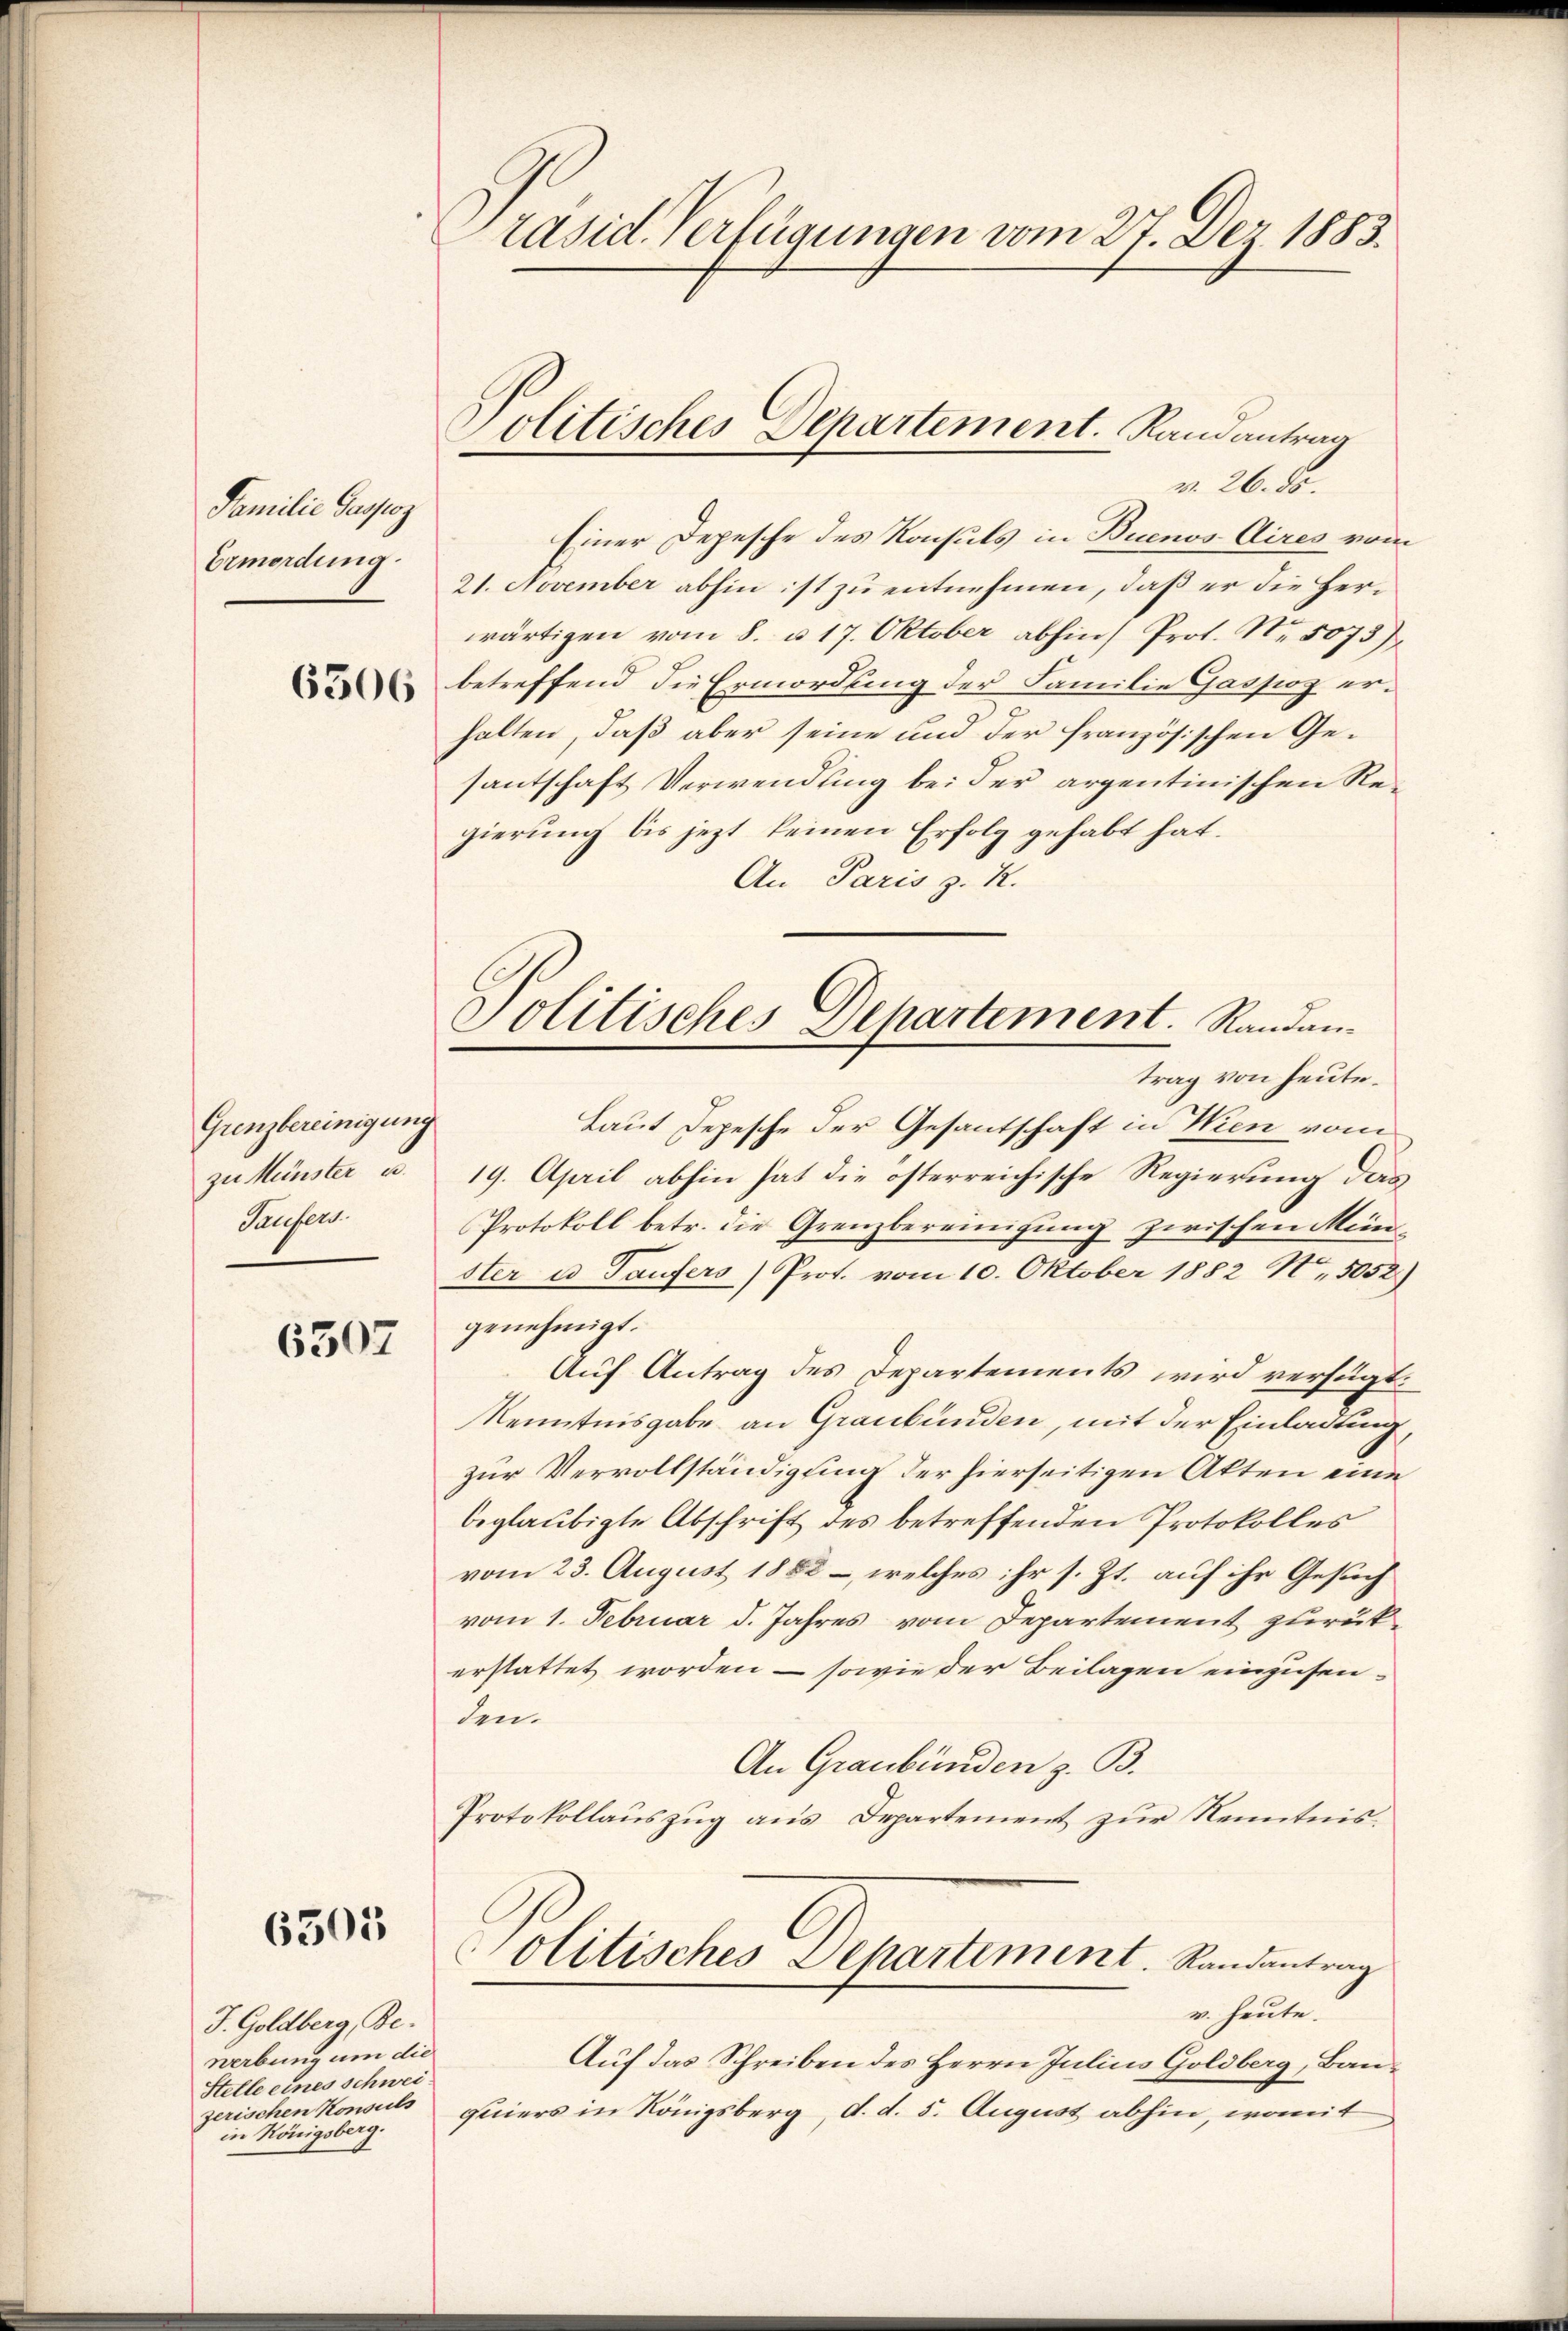
Familie Passoz
Ermordung.

6306

Grenzbereinigung
zu Münster u.
Taufen.

6307

6505

J. Goldberg, Be-
werbung um die
Stelle eines Schwei
zerischen Konsuls
in Königsberg.

räsid. Verfügungen vom 27. Dez. 1883.

Politisches Departement. Randantrag
v. 26. ds.

Einer Depesche des Konsuls in Buenos Aires vom
21. November abhin ist zu entnehmen, daß er die Herwärtigen vom 8. u. 17. Oktober abhin) Prot. Nr. 5073)
betreffend die Ermordung der Familie Gaspoz erhalten, daß aber seine und der französischen Gesantschaft Verwendung bei der argentinischen Regierung bis jezt keinen Erfolg gehabt hat.
An Paris z. R.
Laut Depesche der Gesantschaft in Wien vom
19. April abhin hat die österreichische Regierung das
Protokoll betr. die Grenzbereinigung zwischen Mein
ster u. Taufers) Prot. vom 10. Oktober 1882 No 5052
genehmigt.
Auf Antrag des Departements wird verfügt.
Kenntnisgabe an Graubünden, mit der Einladung
zur Vervollständigung der hierseitigen Akten eine
beglaubigte Abschrift des betreffenden Protokolles
vom 23. August 1882 –, welches ihr s. Zt. auf ihr Gesuch
vom 1. Februar d. Jahres vom Departement zurückerstattet worden – sowie der Beilagen einzusen-
den.
An Graubünden z. B.
Protokollaŭszŭg ans Departement zŭr Kenntnis
Politisches Departement. Randantrag
v. heute.
Auf das Schreiben des Herrn Julius Goldberg, Bau-
quiers in Königsberg, d. d. 5. August abhin, womit

Politisches Departement. Randantrag von heute.